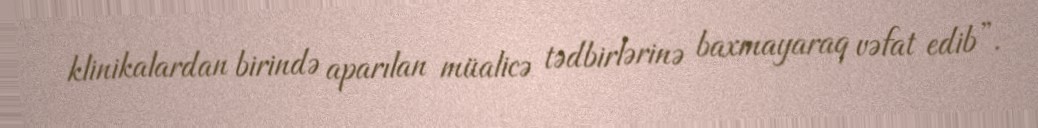
klinikalardan birində aparılan müalicə tədbirlərinə baxmayaraq vəfat edib”.